Vaccination North-Western Provinces and Oudh 1878-1895 - 1878-1895
Year: 1878
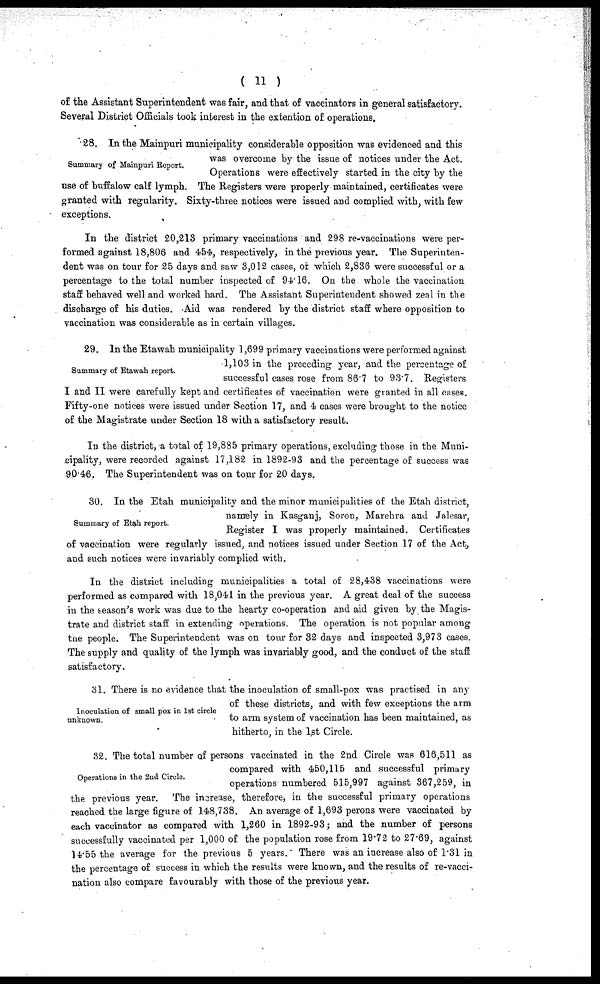
( 11 )
of the Assistant Superintendent was fair, and that of vaccinators in general satisfactory.
Several District Officials took interest in the extention of operations.
Summary of Mainpuri Report.
28. In the Mainpuri municipality considerable opposition was evidenced and this
was overcome by the issue of notices under the Act.
Operations were effectively started in the city by the
use of buffalow calf lymph. The Registers were properly maintained, certificates were
granted with regularity. Sixty-three notices were issued and complied with, with few
exceptions.
In the district 20,213 primary vaccinations and 298 re-vaccinations were per-
formed against 18,806 and 454, respectively, in the previous year. The Superinten-
dent was on tour for 25 days and saw 3,012 cases, or which 2,836 were successful or a
percentage to the total number inspected of 94.16. On the whole the vaccination
staff behaved well and worked hard. The Assistant Superintendent showed zeal in the
discharge of his duties. Aid was rendered by the district staff where opposition to
vaccination was considerable as in certain villages.
Summary of Etawah report.
29. In the Etawah municipality 1,699 primary vaccinations were performed against
1,103 in the preceding year, and the percentage of
successful cases rose from 86.7 to 93.7. Registers
I and II were carefully kept and certificates of vaccination were granted in all cases.
Fifty-one notices were issued under Section 17, and 4 cases were brought to the notice
of the Magistrate under Section 18 with a satisfactory result.
In the district, a total of 19,885 primary operations, excluding those in the Muni-
cipality, were recorded against 17,182 in 1892-93 and the percentage of success was
90 46. The Superintendent was on tour for 20 days.
Summary of Etah report.
30. In the Etah municipality and the minor municipalities of the Etah district,
namely in Kasganj, Soron, Marehra and Jalesar,
Register I was properly maintained. Certificates
of vaccination were regularly issued, and notices issued under Section 17 of the Act,
and such notices were invariably complied with.
In the district including municipalities a total of 28,438 vaccinations were
performed as compared with 18,041 in the previous year. A great deal of the success
in the season's work was due to the hearty co-operation and aid given by the Magis-
trate and district staff in extending operations. The operation is not popular among
the people. The Superintendent was on tour for 32 days and inspected 3,973 cases.
The supply and quality of the lymph was invariably good, and the conduct of the staff
satisfactory.
Inoculation of small pox in 1st circle
unknown.
31. There is no evidence that the inoculation of small-pox was practised in any
of these districts, and with few exceptions the arm
to arm system of vaccination has been maintained, as
hitherto, in the 1st Circle.
Operations in the 2nd Circle.
32. The total number of persons vaccinated in the 2nd Circle was 616,511 as
compared with 450,115 and successful primary
operations numbered 515,997 against 367,259, in
the previous year. The increase, therefore, in the successful primary operations
reached the large figure of 148,738. An average of 1,693 perons were vaccinated by
each vaccinator as compared with 1,260 in 1892-93; and the number of persons
successfully vaccinated per 1,000 of the population rose from 19.72 to 27.69, against
14.55 the average for the previous 5 years. There was an increase also of 1.31 in
the percentage of success in which the results were known, and the results of re-vacci-
nation also compare favourably with those of the previous year.